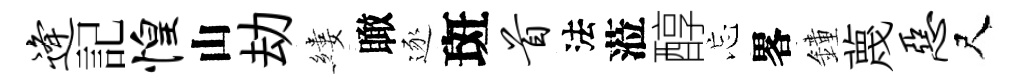
逄記惶山劫縷瞰逐斑首法蒞醇忘畧鐘蔑恶尺